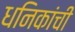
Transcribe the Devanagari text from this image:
धनिकांची